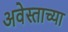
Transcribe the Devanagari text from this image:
अवेस्ताच्या